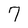
Character: 7